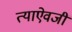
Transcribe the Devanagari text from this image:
त्याऐवजीं